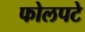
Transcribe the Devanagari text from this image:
फोलपटे